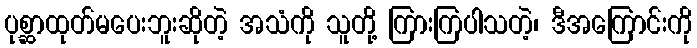
ပုစ္ဆာထုတ်မပေးဘူးဆိုတဲ့ အသံကို သူတို့ ကြားကြပါသတဲ့၊ ဒီအကြောင်းကို